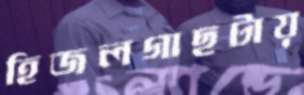
হিজলগাছটায়